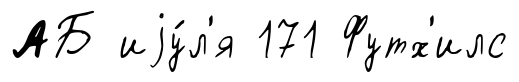
АБ иjу́л'я 171 Футх'илс